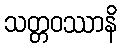
သတ္တဝဿာနိ